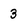
Character: 3